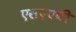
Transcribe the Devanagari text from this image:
एसएएबी